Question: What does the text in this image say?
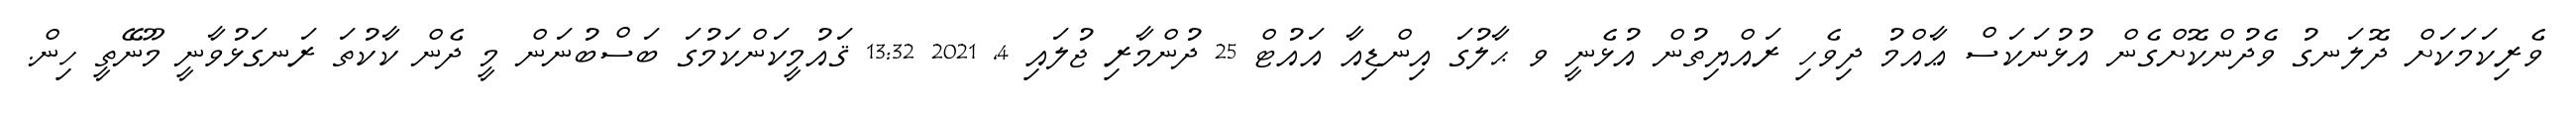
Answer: ވެރިކަމަކަށް ދޮލަނގު ވެދުންކޮށްގެން އުޅުނަކަސް ޢާއްމު ދިވެހި ރައްޔިތުން އުޅެނީ ވ ޙާލުގަ އިންޑިއާ އައުޓް 25 ދުންމާރި ޖުލައި 4, 2021 13:32 ޤައުމީކަންކަމުގަ ބަސްބުނަން މީ ދެން ކާކުތަ ރަނގަޅުވާނީ މޫނޭތީ ހިން.